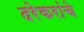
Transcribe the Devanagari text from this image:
दरेकरांचे